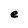
Character: e